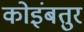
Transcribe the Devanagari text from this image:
कोइंबतुर